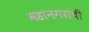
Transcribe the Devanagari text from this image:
महानगरांची